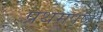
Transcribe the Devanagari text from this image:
प्रथमपृष्ठ